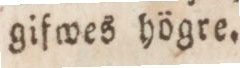
gifwes högre.